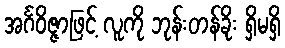
အင်္ဂဝိဇ္ဇာဖြင့် လူကို ဘုန်းတန်ခိုး ရှိမရှိ